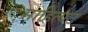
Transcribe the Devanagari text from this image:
साहित्यट